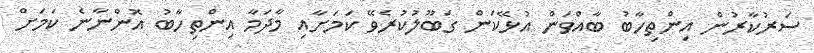
ސަރުކާރުން އިންތިހާބު ބާއްވަން އުޅޭކަން ގަބޫލުކުރެވޭ ކަމަށާއި މާދަމާ އިންތިހާބު އޮންނާނެ ކަމަށް